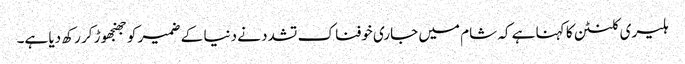
ہلیری کلنٹن کا کہنا ہے کہ شام میں جاری خوفناک تشدد نے دنیا کے ضمیر کو جھنجھوڑ کر رکھ دیا ہے۔